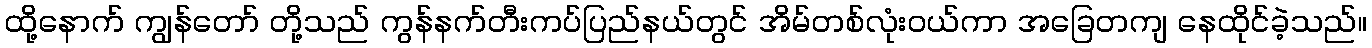
ထို့နောက် ကျွန်တော် တို့သည် ကွန်နက်တီးကပ်ပြည်နယ်တွင် အိမ်တစ်လုံးဝယ်ကာ အခြေတကျ နေထိုင်ခဲ့သည်။